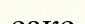
сакс